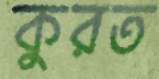
কুরত